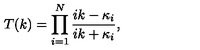
T ( k ) = \prod _ { i = 1 } ^ { N } { \frac { i k - \kappa _ { i } } { i k + \kappa _ { i } } } ,